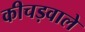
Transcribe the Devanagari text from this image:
कीचड़वाले